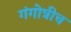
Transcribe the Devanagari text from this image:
गंगोत्रीच